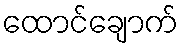
ထောင်ချောက်